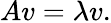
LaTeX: Av=\lambda v.